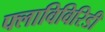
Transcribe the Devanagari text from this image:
फ्लाविविरिडी